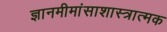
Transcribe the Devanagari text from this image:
ज्ञानमीमांसाशास्त्रात्मक